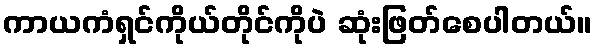
ကာယကံရှင်ကိုယ်တိုင်ကိုပဲ ဆုံးဖြတ်စေပါတယ်။